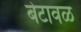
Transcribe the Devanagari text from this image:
बेटावळ